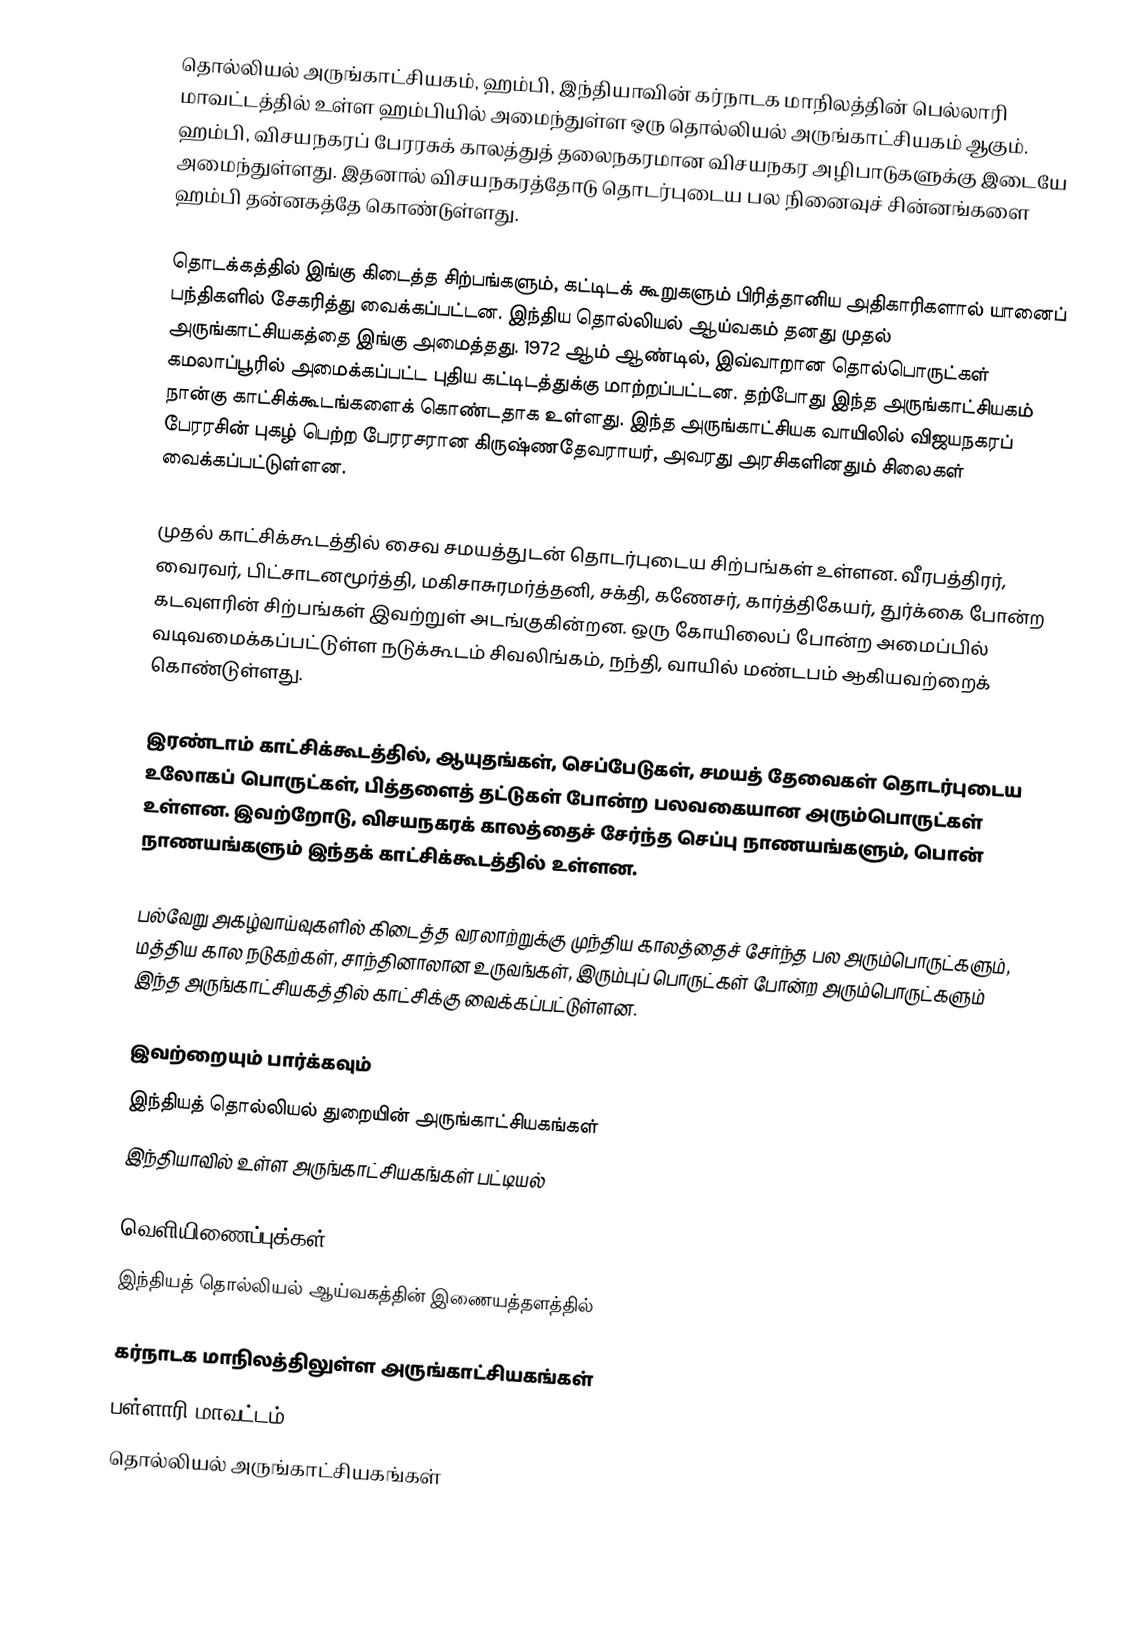
தொல்லியல் அருங்காட்சியகம், ஹம்பி,  இந்தியாவின் கர்நாடக மாநிலத்தின் பெல்லாரி மாவட்டத்தில் உள்ள ஹம்பியில் அமைந்துள்ள ஒரு தொல்லியல் அருங்காட்சியகம் ஆகும். ஹம்பி, விசயநகரப் பேரரசுக் காலத்துத் தலைநகரமான விசயநகர அழிபாடுகளுக்கு இடையே அமைந்துள்ளது. இதனால் விசயநகரத்தோடு  தொடர்புடைய பல நினைவுச் சின்னங்களை ஹம்பி தன்னகத்தே கொண்டுள்ளது.

தொடக்கத்தில் இங்கு கிடைத்த சிற்பங்களும், கட்டிடக் கூறுகளும் பிரித்தானிய அதிகாரிகளால் யானைப் பந்திகளில் சேகரித்து வைக்கப்பட்டன. இந்திய தொல்லியல் ஆய்வகம் தனது முதல் அருங்காட்சியகத்தை இங்கு அமைத்தது. 1972 ஆம் ஆண்டில், இவ்வாறான தொல்பொருட்கள் கமலாப்பூரில் அமைக்கப்பட்ட புதிய கட்டிடத்துக்கு மாற்றப்பட்டன. தற்போது இந்த அருங்காட்சியகம் நான்கு காட்சிக்கூடங்களைக் கொண்டதாக உள்ளது. இந்த அருங்காட்சியக வாயிலில் விஜயநகரப் பேரரசின் புகழ் பெற்ற பேரரசரான கிருஷ்ணதேவராயர், அவரது அரசிகளினதும் சிலைகள் வைக்கப்பட்டுள்ளன.

முதல் காட்சிக்கூடத்தில் சைவ சமயத்துடன் தொடர்புடைய சிற்பங்கள் உள்ளன. வீரபத்திரர், வைரவர், பிட்சாடனமூர்த்தி, மகிசாசுரமர்த்தனி, சக்தி, கணேசர், கார்த்திகேயர், துர்க்கை போன்ற கடவுளரின் சிற்பங்கள் இவற்றுள் அடங்குகின்றன. ஒரு கோயிலைப் போன்ற அமைப்பில் வடிவமைக்கப்பட்டுள்ள நடுக்கூடம் சிவலிங்கம், நந்தி, வாயில் மண்டபம் ஆகியவற்றைக் கொண்டுள்ளது.

இரண்டாம் காட்சிக்கூடத்தில், ஆயுதங்கள், செப்பேடுகள், சமயத் தேவைகள் தொடர்புடைய  உலோகப் பொருட்கள், பித்தளைத் தட்டுகள் போன்ற பலவகையான அரும்பொருட்கள் உள்ளன. இவற்றோடு, விசயநகரக் காலத்தைச் சேர்ந்த செப்பு நாணயங்களும், பொன் நாணயங்களும் இந்தக் காட்சிக்கூடத்தில் உள்ளன.

பல்வேறு அகழ்வாய்வுகளில் கிடைத்த வரலாற்றுக்கு முந்திய காலத்தைச் சேர்ந்த பல அரும்பொருட்களும், மத்திய கால நடுகற்கள், சாந்தினாலான உருவங்கள், இரும்புப் பொருட்கள் போன்ற அரும்பொருட்களும் இந்த அருங்காட்சியகத்தில் காட்சிக்கு வைக்கப்பட்டுள்ளன.

இவற்றையும் பார்க்கவும்
 இந்தியத் தொல்லியல் துறையின் அருங்காட்சியகங்கள்
 இந்தியாவில் உள்ள அருங்காட்சியகங்கள் பட்டியல்

வெளியிணைப்புக்கள்
 இந்தியத் தொல்லியல் ஆய்வகத்தின் இணையத்தளத்தில்

கர்நாடக மாநிலத்திலுள்ள அருங்காட்சியகங்கள்
பள்ளாரி மாவட்டம்
தொல்லியல் அருங்காட்சியகங்கள்